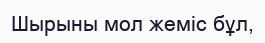
Шырыны мол жеміс бұл,